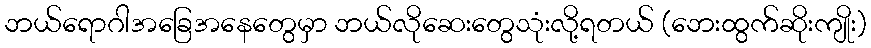
ဘယ်ရောဂါအခြေအနေတွေမှာ ဘယ်လိုဆေးတွေသုံးလို့ရတယ် (ဘေးထွက်ဆိုးကျိုး)